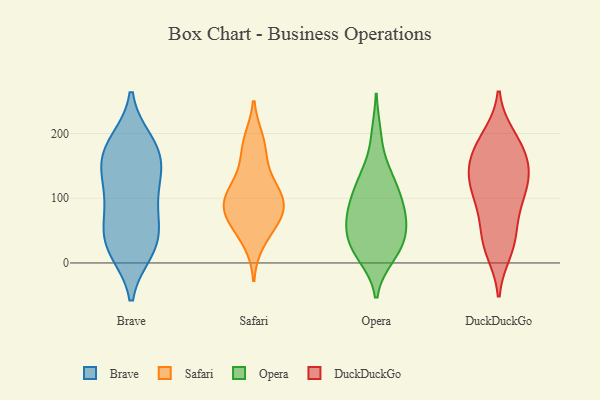
{"axis": {"x": "Churn Rate (%)", "y": "Value"}, "legend": ["Brave", "DuckDuckGo", "Opera", "Safari"], "data": [{"x": "", "y": 186, "type": "Brave"}, {"x": "", "y": 86, "type": "Brave"}, {"x": "", "y": 24, "type": "Brave"}, {"x": "", "y": 28, "type": "Brave"}, {"x": "", "y": 172, "type": "Brave"}, {"x": "", "y": 87, "type": "Brave"}, {"x": "", "y": 150, "type": "Brave"}, {"x": "", "y": 181, "type": "Brave"}, {"x": "", "y": 163, "type": "Brave"}, {"x": "", "y": 125, "type": "Brave"}, {"x": "", "y": 20, "type": "Brave"}, {"x": "", "y": 58, "type": "Brave"}, {"x": "", "y": 128, "type": "Brave"}, {"x": "", "y": 36, "type": "Brave"}, {"x": "", "y": 64, "type": "Safari"}, {"x": "", "y": 71, "type": "Safari"}, {"x": "", "y": 147, "type": "Safari"}, {"x": "", "y": 104, "type": "Safari"}, {"x": "", "y": 181, "type": "Safari"}, {"x": "", "y": 189, "type": "Safari"}, {"x": "", "y": 66, "type": "Safari"}, {"x": "", "y": 94, "type": "Safari"}, {"x": "", "y": 94, "type": "Safari"}, {"x": "", "y": 95, "type": "Safari"}, {"x": "", "y": 118, "type": "Safari"}, {"x": "", "y": 33, "type": "Safari"}, {"x": "", "y": 126, "type": "Opera"}, {"x": "", "y": 11, "type": "Opera"}, {"x": "", "y": 71, "type": "Opera"}, {"x": "", "y": 38, "type": "Opera"}, {"x": "", "y": 197, "type": "Opera"}, {"x": "", "y": 53, "type": "Opera"}, {"x": "", "y": 31, "type": "Opera"}, {"x": "", "y": 83, "type": "Opera"}, {"x": "", "y": 130, "type": "Opera"}, {"x": "", "y": 90, "type": "Opera"}, {"x": "", "y": 91, "type": "Opera"}, {"x": "", "y": 26, "type": "Opera"}, {"x": "", "y": 14, "type": "Opera"}, {"x": "", "y": 132, "type": "Opera"}, {"x": "", "y": 65, "type": "Opera"}, {"x": "", "y": 20, "type": "DuckDuckGo"}, {"x": "", "y": 107, "type": "DuckDuckGo"}, {"x": "", "y": 147, "type": "DuckDuckGo"}, {"x": "", "y": 41, "type": "DuckDuckGo"}, {"x": "", "y": 100, "type": "DuckDuckGo"}, {"x": "", "y": 156, "type": "DuckDuckGo"}, {"x": "", "y": 155, "type": "DuckDuckGo"}, {"x": "", "y": 135, "type": "DuckDuckGo"}, {"x": "", "y": 166, "type": "DuckDuckGo"}, {"x": "", "y": 185, "type": "DuckDuckGo"}, {"x": "", "y": 117, "type": "DuckDuckGo"}, {"x": "", "y": 196, "type": "DuckDuckGo"}, {"x": "", "y": 98, "type": "DuckDuckGo"}, {"x": "", "y": 44, "type": "DuckDuckGo"}, {"x": "", "y": 67, "type": "DuckDuckGo"}, {"x": "", "y": 192, "type": "DuckDuckGo"}, {"x": "", "y": 130, "type": "DuckDuckGo"}, {"x": "", "y": 17, "type": "DuckDuckGo"}]}